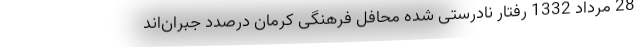
28 مرداد 1332 رفتار نادرستی شده محافل فرهنگی کرمان درصدد جبران‌اند